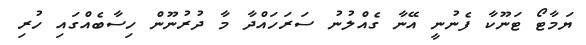
ޔަމާޓޯ ޓަނޫކާ ފެނުނީ އޭނާ ގެއްލުނު ސަރަހައްދާ މާ ދުރުނޫން ހިސާބެއްގައި ހުރި